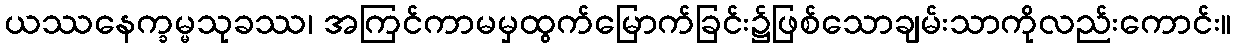
ယဿနေက္ခမ္မသုခဿ၊ အကြင်ကာမမှထွက်မြောက်ခြင်း၌ဖြစ်သောချမ်းသာကိုလည်းကောင်း။